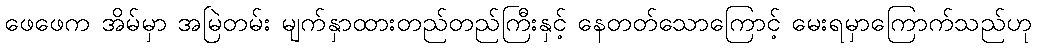
ဖေဖေက အိမ်မှာ အမြဲတမ်း မျက်နှာထားတည်တည်ကြီးနှင့် နေတတ်သောကြောင့် မေးရမှာကြောက်သည်ဟု